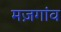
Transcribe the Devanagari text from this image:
मज़गांव